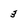
Character: 3